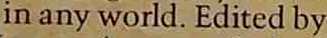
in any world. Edited by